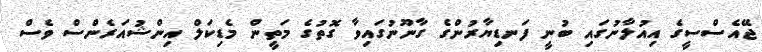
ޖޭއެސްސީގެ އިއުލާނުގައި ބުނީ ފަނޑިޔާރުންގެ ގާނޫނުގައިވާ ގޮތުގެ މަތީން މެޑިކަލް އިންޝުއަރެންސް ވެސް